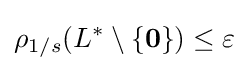
\rho _{1/s}(L^{*}\setminus \{\mathbf {0} \})\leq \varepsilon